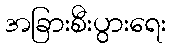
အခြားစီးပွားရေး